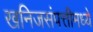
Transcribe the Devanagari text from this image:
खनिजसंपत्तीमध्ये